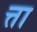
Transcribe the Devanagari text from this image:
त्ता